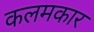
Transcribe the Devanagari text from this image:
कलमकार